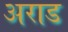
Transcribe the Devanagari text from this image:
अराड